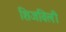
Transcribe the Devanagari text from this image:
शिजविली